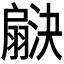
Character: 𬚇